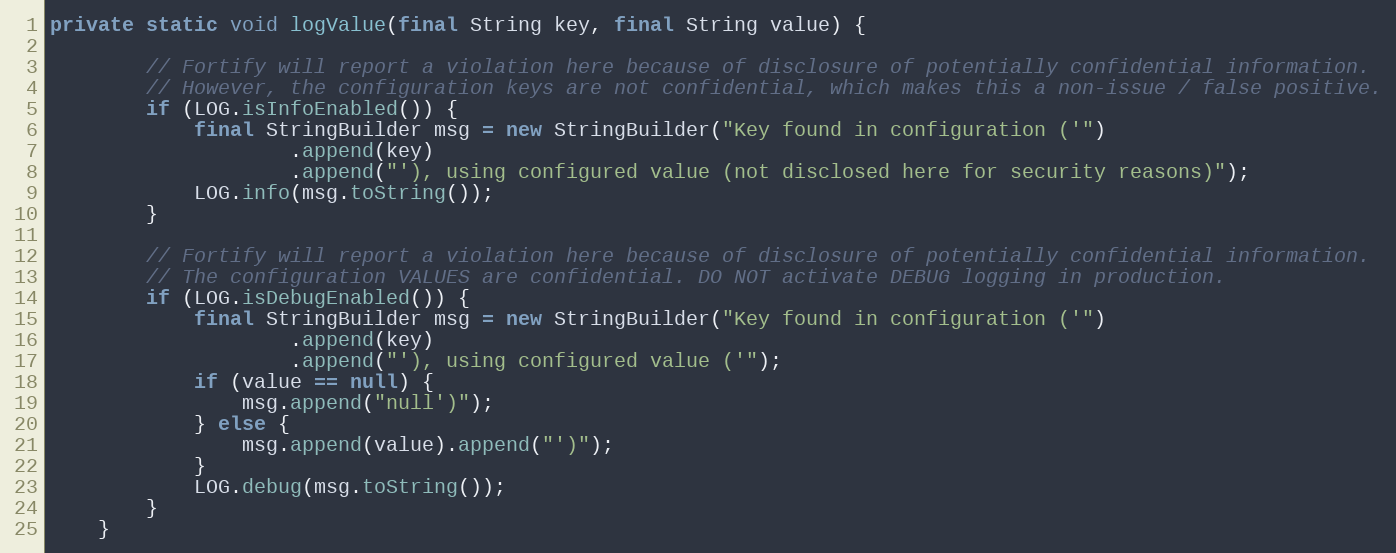
Language: Java
private static void logValue(final String key, final String value) {

        // Fortify will report a violation here because of disclosure of potentially confidential information.
        // However, the configuration keys are not confidential, which makes this a non-issue / false positive.
        if (LOG.isInfoEnabled()) {
            final StringBuilder msg = new StringBuilder("Key found in configuration ('")
                    .append(key)
                    .append("'), using configured value (not disclosed here for security reasons)");
            LOG.info(msg.toString());
        }

        // Fortify will report a violation here because of disclosure of potentially confidential information.
        // The configuration VALUES are confidential. DO NOT activate DEBUG logging in production.
        if (LOG.isDebugEnabled()) {
            final StringBuilder msg = new StringBuilder("Key found in configuration ('")
                    .append(key)
                    .append("'), using configured value ('");
            if (value == null) {
                msg.append("null')");
            } else {
                msg.append(value).append("')");
            }
            LOG.debug(msg.toString());
        }
    }